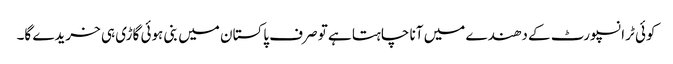
کوئی ٹرانسپورٹ کے دھندے میں آنا چاہتا ہے تو صرف پاکستان میں بنی ہوئی گاڑی ہی خریدے گا۔